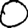
Digit: 0